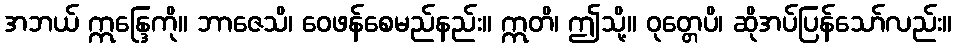
အဘယ် ဣန္ဒြေကို။ ဘာဇေသိ၊ ဝေဖန်စေမည်နည်း။ ဣတိ၊ ဤသို့။ ဝုတ္တေပိ၊ ဆိုအပ်ပြန်သော်လည်း။